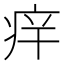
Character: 𱱏